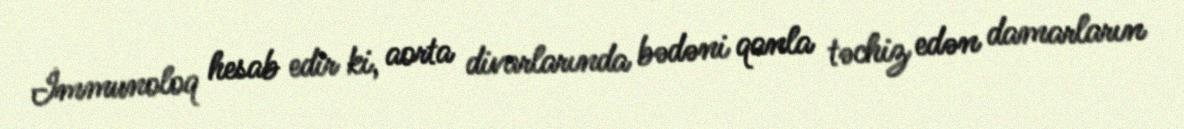
İmmunoloq hesab edir ki, aorta divarlarında bədəni qanla təchiz edən damarların